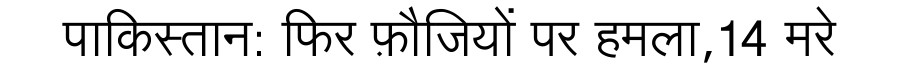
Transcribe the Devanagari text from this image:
पाकिस्तान: फिर फ़ौजियों पर हमला,14 मरे